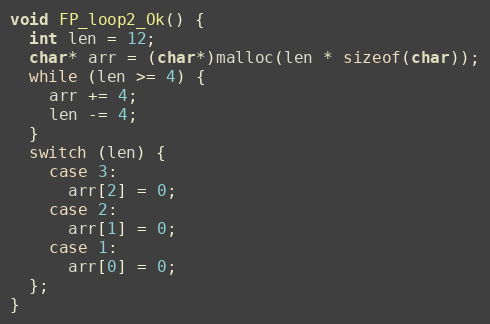
Language: C++
void FP_loop2_Ok() {
  int len = 12;
  char* arr = (char*)malloc(len * sizeof(char));
  while (len >= 4) {
    arr += 4;
    len -= 4;
  }
  switch (len) {
    case 3:
      arr[2] = 0;
    case 2:
      arr[1] = 0;
    case 1:
      arr[0] = 0;
  };
}